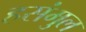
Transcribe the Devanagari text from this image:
हसंमुल